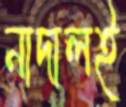
নাদালই